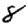
Digit: 8